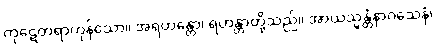
ကုဋေတရာကုန်သော။ အရဟန္တော၊ ရဟန္တာတို့သည်။ အာယသ္မန္တံနာဂသေနံ၊